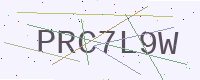
Text: PRC7L9W